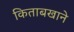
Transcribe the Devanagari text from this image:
किताबखाने